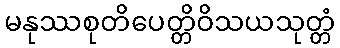
မနုဿစုတိပေတ္တိဝိသယသုတ္တံ